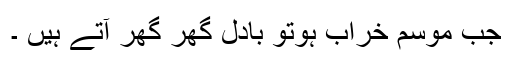
جب موسم خراب ہوتو بادل گھر گھر آتے ہیں ۔